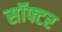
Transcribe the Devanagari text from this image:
सॉफ्टर